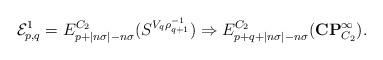
LaTeX: \begin{align*}\mathcal{E}^1_{p,q} = E^{C_2}_{p + |n\sigma| - n\sigma}(S^{V_q \rho_{q+1}^{-1}}) \Rightarrow E^{C_2}_{p+q + |n\sigma| -n\sigma}(\mathbf{CP}^\infty_{C_2}).\end{align*}